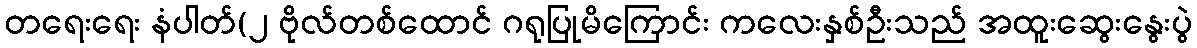
တရေးရေး နံပါတ်(၂ ဗိုလ်တစ်ထောင် ဂရုပြုမိကြောင်း ကလေးနှစ်ဦးသည် အထူးဆွေးနွေးပွဲ